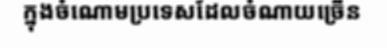
ក្នុងចំណោមប្រទេសដែលចំណាយច្រើន